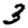
Digit: 3